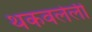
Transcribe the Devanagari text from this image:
थकवलेली